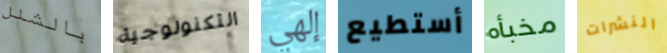
بالشلل التكنولوجية إلهي أستطيع مخبأه النشرات